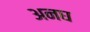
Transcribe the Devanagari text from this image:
अनघ